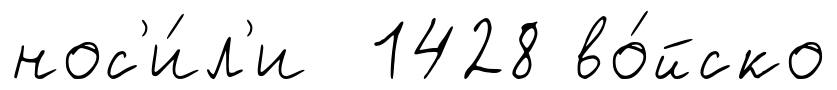
нос'и́л'и 1428 во́йско